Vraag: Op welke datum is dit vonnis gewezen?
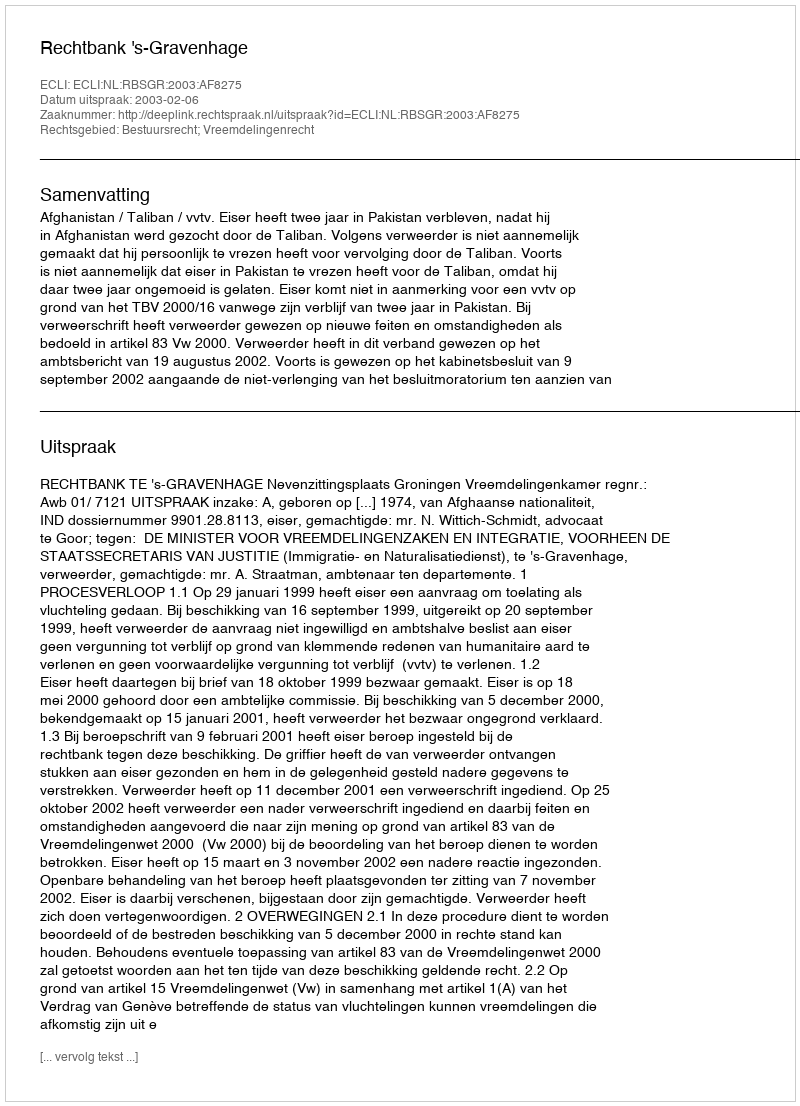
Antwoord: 2003-02-06